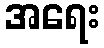
အရေး